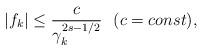
LaTeX: \begin{align*}|f_k|\leq \frac{c}{\gamma_k^{2s-1/2}}\,\,\,\,(c=const),\end{align*}